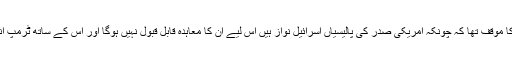
ٹرمپ کے منصوبے کے حوالے سے فلسطینی قیادت کا موقف تھا کہ چونکہ امریکی صدر کی پالیسیاں اسرائیل نواز ہیں اس لیے ان کا معاہدہ قابل قبول نہیں ہوگا اور اس کے ساتھ ٹرمپ انتظامیہ سے سیاسی ملاقاتوں کا بھی بائیکاٹ کردیا تھا۔